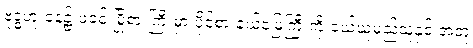
ဗုဒ္ဓဟူးနေ့၌ ဖခင် မြို့စားကြီးမှာ ပိုင်စားနယ်မြေကြီးကို ဝယ်ယူမည့်သူနှင့် အတူ